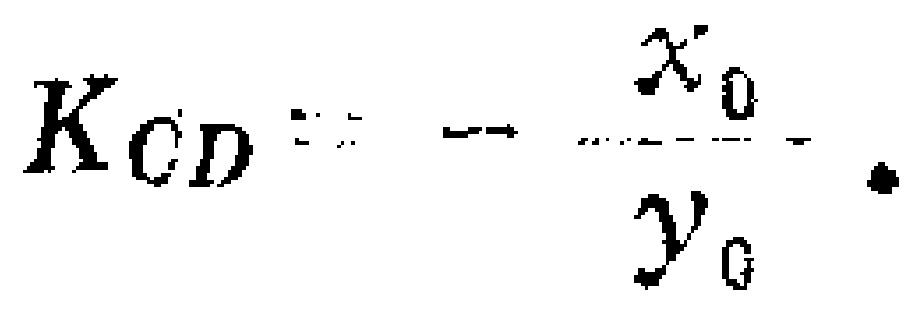
$K_{CD}=-\frac{x_{0}}{y_{0}}.$